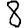
Digit: 8